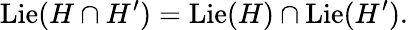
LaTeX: \operatorname{Lie}(H\cap H^{\prime})=\operatorname{Lie}(H)\cap\operatorname{Lie}(H^{\prime}).